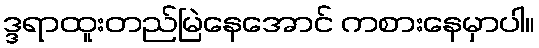
ဒ္ဒရာထူးတည်မြဲနေအောင် ကစားနေမှာပါ။